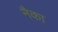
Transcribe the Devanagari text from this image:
नैका